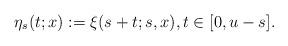
LaTeX: \begin{align*}\eta_s(t;x) := \xi(s+t;s,x), t \in [0,u-s].\end{align*}